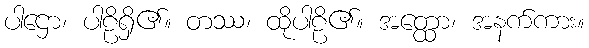
ပါဌော၊ ပါဠိရှိ၏။ တဿ၊ ထိုပါဠိ၏။ အတ္ထော၊ အနက်ကား။